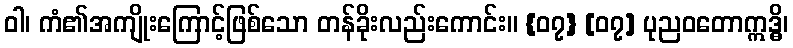
ဝါ၊ ကံ၏အကျိုးကြောင့်ဖြစ်သော တန်ခိုးလည်းကောင်း။ {၀၇} [၀၇] ပုညဝတောဣဒ္ဓိ၊